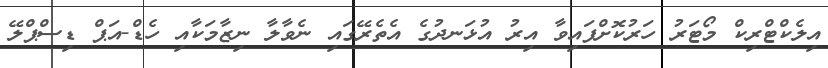
އިލެކްޓްރިކް މޯޓަރު ހަރުކޮށްފައިވާ އިރު އުޅަނދުގެ އެތެރޭގައި ނެވާލާ ނިޒާމަކާއި ހެޑް-އަޕް ޑިސްޕްލޭ